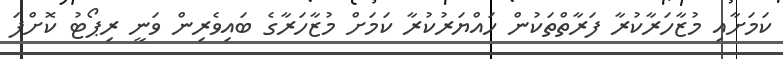
ކަމަށާއި މުޒާހަރާކުރާ ފަރާތްތަކުން ހައްޔަރުކުރާ ކަމަށް މުޒާހަރާގެ ބައިވެރިން ވަނީ ރިޕޯޓު ކޮށްފަ